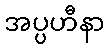
အပ္ပဟီနာ